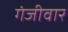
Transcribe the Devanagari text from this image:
गंजीवार